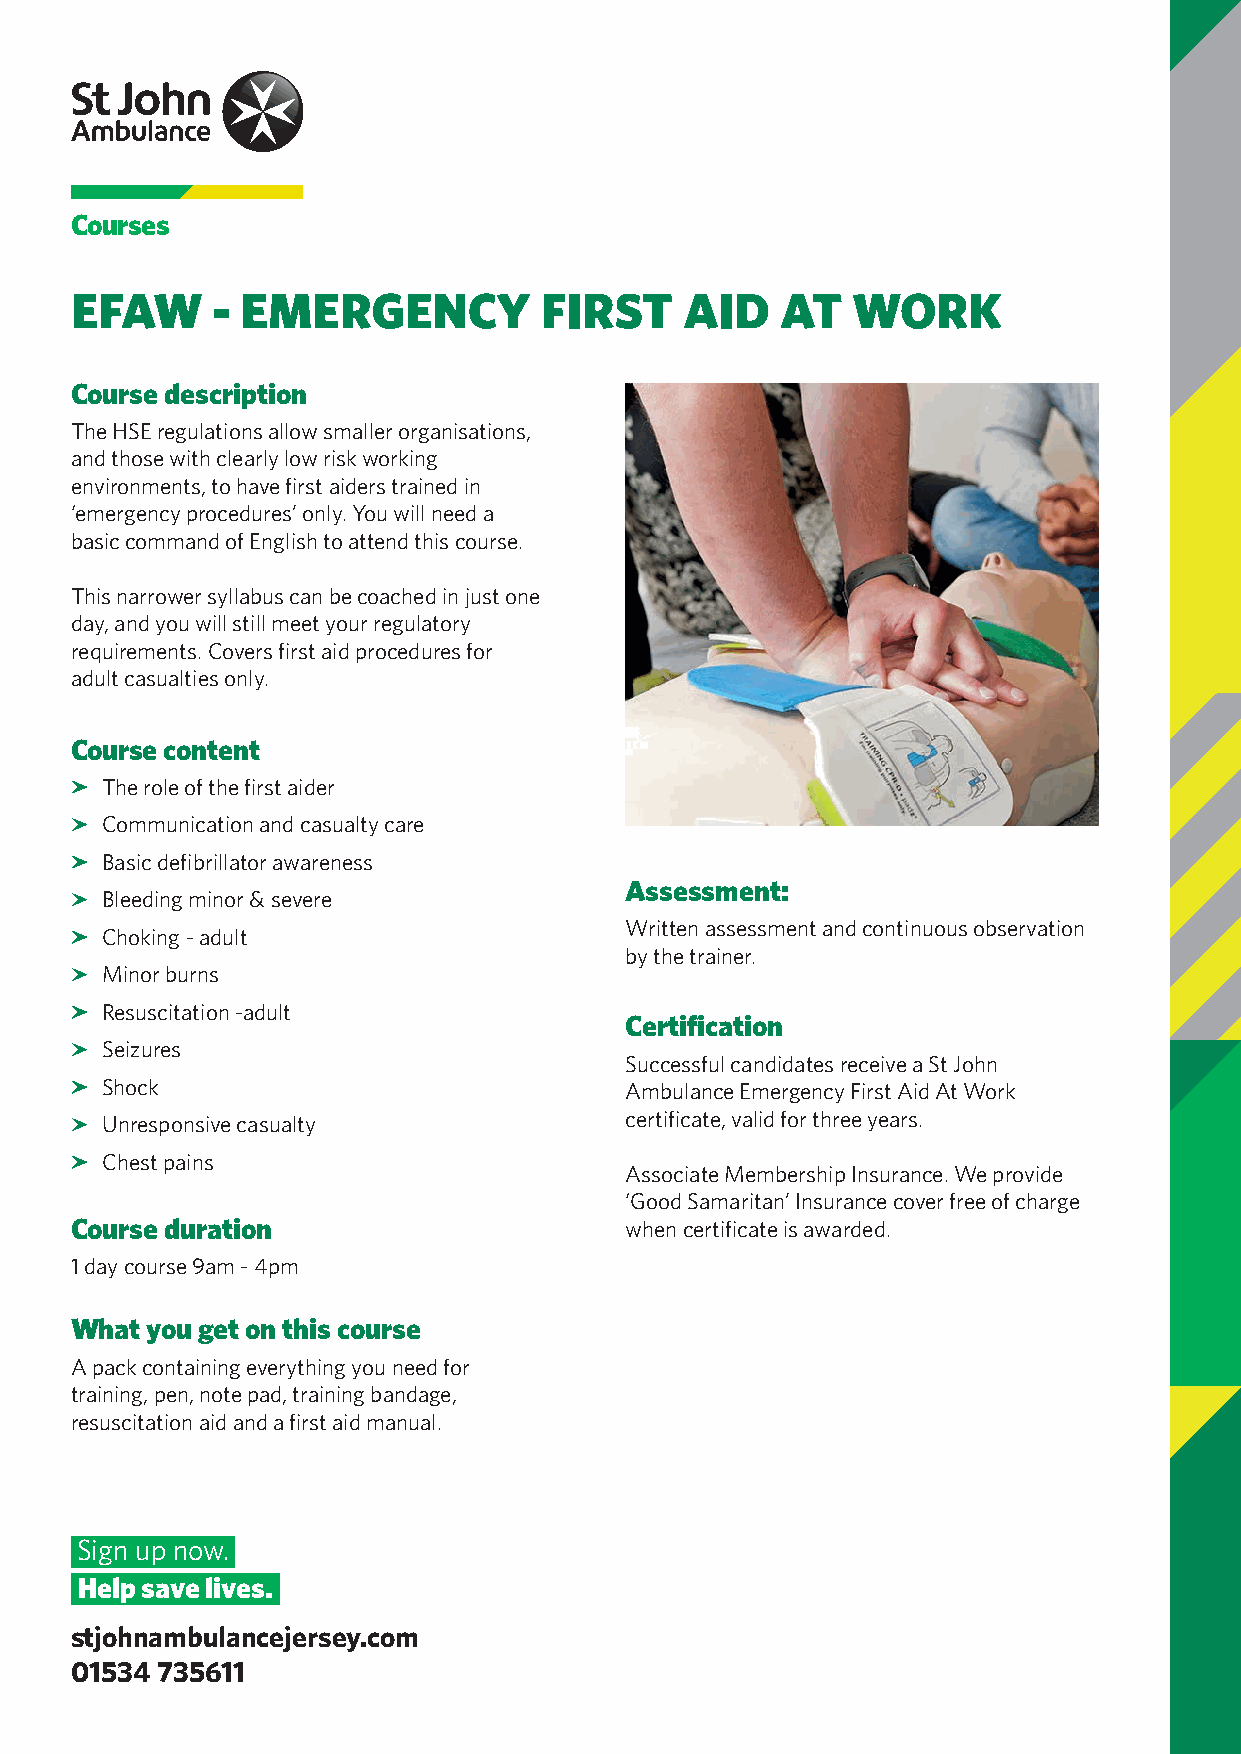
Courses
 EFAW     - EMERGENCY           FIRST    AID    AT  WORK
 Course description
 The HSE regulations allow smaller organisations,
 and those with clearly low risk working
 environments, to have first aiders trained in
 ‘emergency procedures’ only. You will need a
 basic command of English to attend this course.
 This narrower syllabus can be coached in just one
 day, and you will still meet your regulatory
 requirements. Covers first aid procedures for
 adult casualties only.
 Course content
 The role of the first aider
 Communication and casualty care
 Basic defibrillator awareness
 Assessment:
 Bleeding minor & severe
 Written assessment and continuous observation
 Choking - adult
 by the trainer.
 Minor burns
 Resuscitation -adult
 Certification
 Seizures
 Successful candidates receive a St John
 Shock                             Ambulance Emergency First Aid At Work
 Unresponsive casualty             certificate, valid for three years.
 Chest pains
 Associate Membership Insurance. We provide
 ‘Good Samaritan’ Insurance cover free of charge
 Course duration                     when certificate is awarded.
 1 day course 9am - 4pm
 What you get on this course
 A pack containing everything you need for
 training, pen, note pad, training bandage,
 resuscitation aid and a first aid manual.
 Sign up now.
 Help save lives.
 stjohnambulancejersey.com
 01534 735611